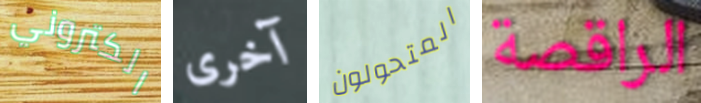
الكتروني آخرى المتحولون الراقصة